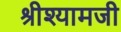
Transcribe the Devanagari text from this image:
श्रीश्यामजी